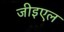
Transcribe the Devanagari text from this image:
जीइएल